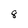
Character: 8